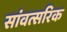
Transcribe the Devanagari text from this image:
सांवत्सरिक